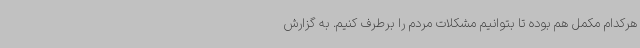
هرکدام مکمل هم بوده تا بتوانیم مشکلات مردم را برطرف کنیم. به گزارش